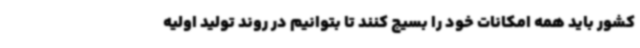
کشور باید همه امکانات خود را بسیج کنند تا بتوانیم در روند تولید اولیه